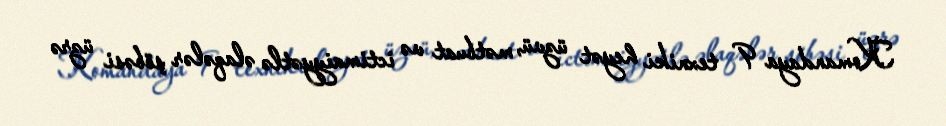
Komandaya 9 texniki heyət üzvü, mətbuat və ictimaiyyətlə əlaqələr şöbəsi üzrə